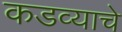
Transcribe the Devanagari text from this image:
कडव्याचे